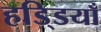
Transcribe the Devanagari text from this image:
हडि्डयाँ